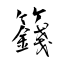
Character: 籛